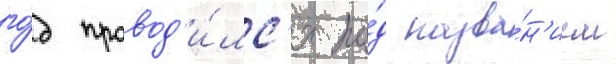
го́д провод'и́лс'я по́д назва́н'ием